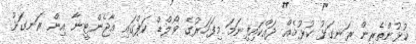
ކުޅުންތެރިން ރަނގަޅު ކުޅުމެއް ދައްކައިފިނަމަ މިފަހަރުގެ ވޯލްޑް ކަޕްގައި އާޖެންޓީނާ އިން ރަނގަޅު